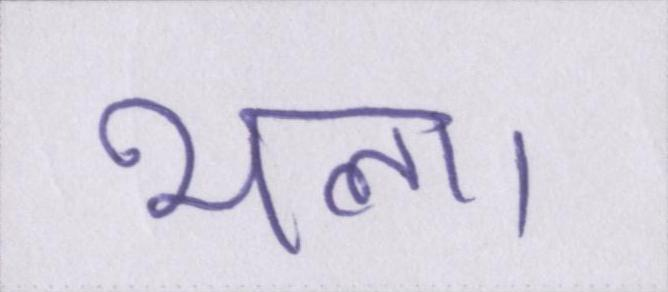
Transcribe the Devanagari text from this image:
भला।